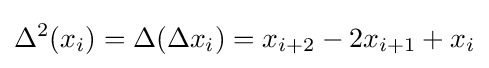
\Delta ^{2}(x_{i})=\Delta (\Delta x_{i})=x_{i+2}-2x_{i+1}+x_{i}